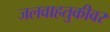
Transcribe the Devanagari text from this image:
जलवाहतुकीवर